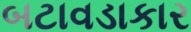
બટાવડાકાર